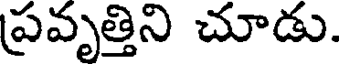
ప్రవృత్తిని చూడు.